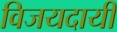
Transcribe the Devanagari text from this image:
विजयदायी